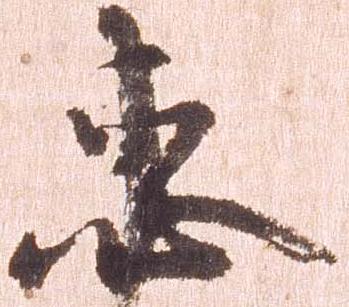
恵